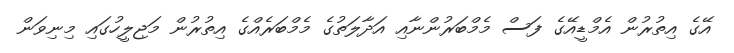
އޭގެ އިތުރުން އެމްޑީއޭގެ ފަސް މެމްބަރުންނާއި އަދާލަތުގެ މެމްބަރެއްގެ އިތުރުން މަޖިލީހުގައި މިނިވަން